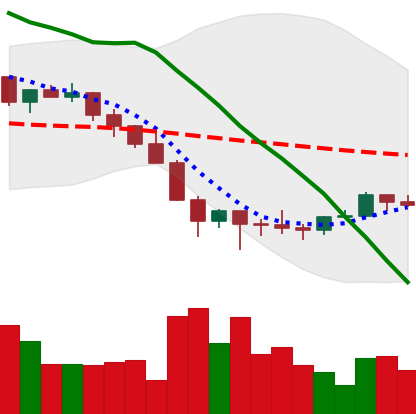
Ticker: LINK-USD
Chart end date: 2022-02-01
Forward return: 5.963%
Label: up_5_7